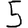
Digit: 5